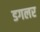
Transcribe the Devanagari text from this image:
डगलर